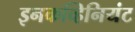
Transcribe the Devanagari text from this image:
इनकव्हिनियंट